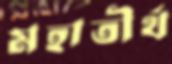
মহাতীর্থ